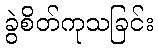
ခွဲစိတ်ကုသခြင်း